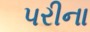
પરીના